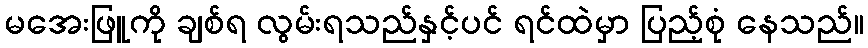
မအေးဖြူကို ချစ်ရ လွမ်းရသည်နှင့်ပင် ရင်ထဲမှာ ပြည့်စုံ နေသည်။